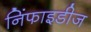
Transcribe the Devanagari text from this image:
निंफाइडीज